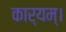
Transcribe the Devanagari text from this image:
कार्यम्।